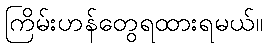
ကြိမ်းဟန်တွေရထားရမယ်။